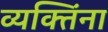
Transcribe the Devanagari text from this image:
व्यक्‍तिंना